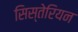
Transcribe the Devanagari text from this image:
सिस्तेरियन